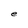
Character: e